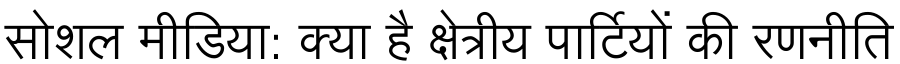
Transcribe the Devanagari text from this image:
सोशल मीडिया: क्या है क्षेत्रीय पार्टियों की रणनीति